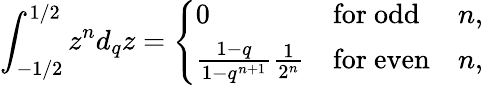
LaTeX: \int_{-1/2}^{1/2}z^{n}d_{q}z=\left\{ \begin{array}{lll}{{0}}&{{\mathrm{for~odd}}}&{{n,}}\\ {{\frac{1-q}{1-q^{n+1}}\frac{1}{2^{n}}}}&{{\mathrm{for~even}}}&{{n,}}\end{array}\right.